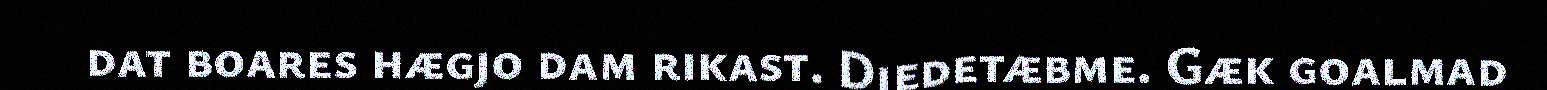
dat boares hægjo dam rikast. Diedetæbme. Gæk goalmad